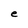
Character: e